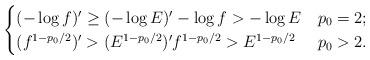
LaTeX: \begin{align*}\begin{cases}(-\log f)'\geq (-\log E)'-\log f> -\log E&p_0=2;\\(f^{1-p_0/2})'>(E^{1-p_0/2})'f^{1-p_0/2}>E^{1-p_0/2}&p_0>2.\end{cases}\end{align*}